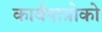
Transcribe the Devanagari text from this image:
कार्यपात्रोको